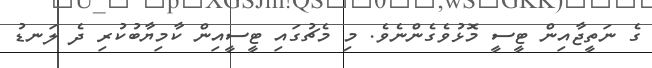
ގެ ނަތީޖާއިން ޓީސީ މޮޅުވެގެންނެވެ. މި މެޗުގައި ޓީސީއިން ކާމިޔާބުކުރި ދެ ލަނޑު